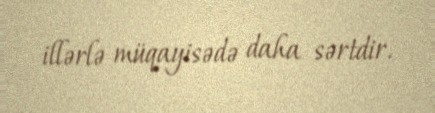
illərlə müqayisədə daha sərtdir.